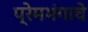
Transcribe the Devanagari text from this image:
प्रेमभंगाचे